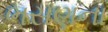
ભસણના